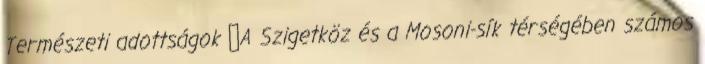
Természeti adottságok ▪A Szigetköz és a Mosoni-sík térségében számos